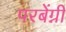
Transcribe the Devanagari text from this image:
परबेंग्नी